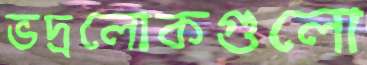
ভদ্রলোকগুলো